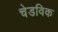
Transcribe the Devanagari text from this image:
चेडविक